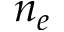
n _ { e }